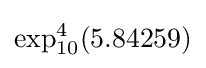
\exp _{10}^{4}(5.84259)